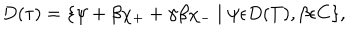
LaTeX: D ( \tau ) = \{ \psi + \beta \chi _ { + } + \gamma \beta \chi _ { - } \mid \psi \epsilon D ( T ) , \beta \epsilon C \} ,